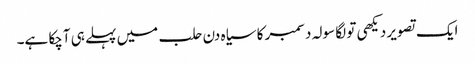
ایک تصویر دیکھی تو لگا سولہ دسمبر کا سیاہ دن حلب میں پہلے ہی آچکا ہے۔